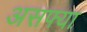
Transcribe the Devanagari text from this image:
असफ्या